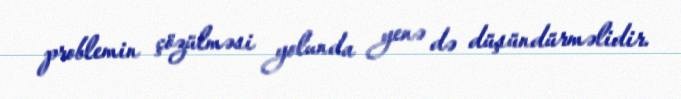
problemin çözülməsi yolunda yenə də düşündürməlidir.